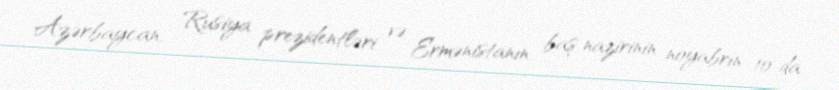
Azərbaycan, Rusiya prezidentləri və Ermənistanın baş nazirinin noyabrın 10-da